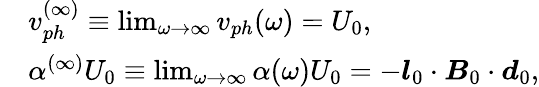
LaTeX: \begin{array}{rl}&{v_{ph}^{(\infty)}\equiv\operatorname*{lim}_{\omega\rightarrow\infty}v_{ph}(\omega)=U_{0},}\\ &{\alpha^{(\infty)}U_{0}\equiv\operatorname*{lim}_{\omega\rightarrow\infty}\alpha(\omega)U_{0}=-\boldsymbol{l}_{0}\cdot\boldsymbol{B}_{0}\cdot\boldsymbol{d}_{0},}\end{array}